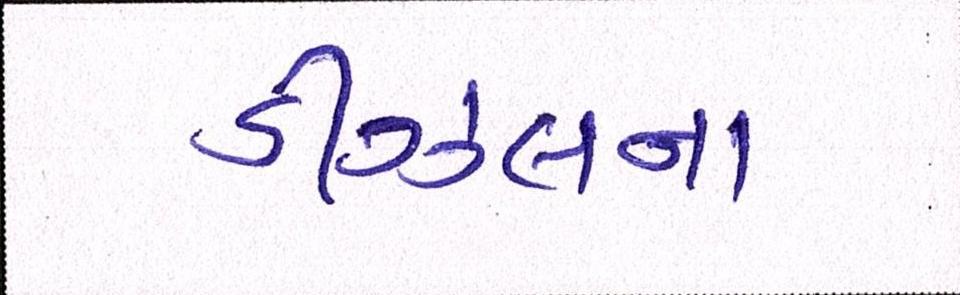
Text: ડીઝલના